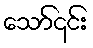
သော်၎င်း